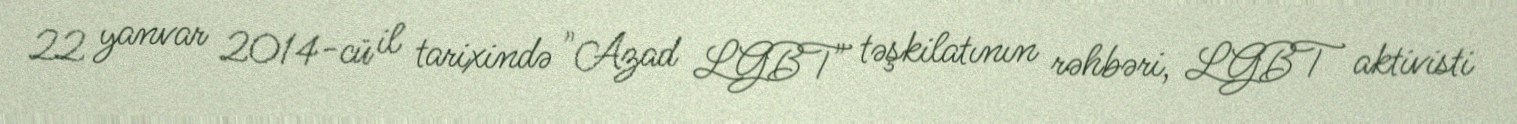
22 yanvar 2014-cü il tarixində "Azad LGBT" təşkilatının rəhbəri, LGBT aktivisti